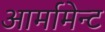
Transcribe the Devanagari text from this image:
आर्मामेन्ट